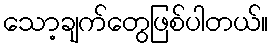
သော့ချက်တွေဖြစ်ပါတယ်။